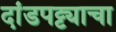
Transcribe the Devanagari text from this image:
दांडपट्ट्याचा